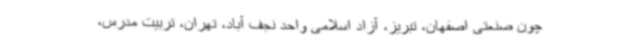
چون صنعتی اصفهان، تبریز، آزاد اسلامی واحد نجف آباد، تهران، تربیت مدرس،